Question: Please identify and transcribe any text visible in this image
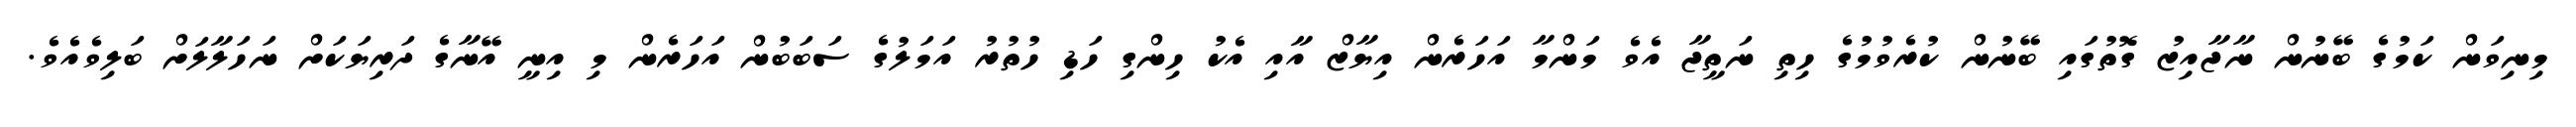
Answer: މިނިވަން ކަމުގެ ބޭނުން ނާޖާއިޒު ގޮތުގައި ބޭނުން ކުރެވުމުގެ ހިތި ނަތީޖާ އެވެ މަންމާ އަހަރެން އިޔާޒް އާއި އެކު ހިންގި ހަޑި ހުތުރު އަމަލުގެ ސަބަބުން އަހަރެން މި އިނީ އޭނާގެ ދަރިޔަކަށް ނަހަލާލަށް ބަލިވެއެވެ.